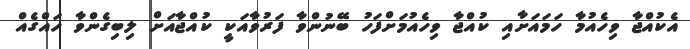
އެކުއްޖާ ވިހެއުމާ ހަމައަށާއި ކުއްޖާ ވިހެއުމަށްފަހު ބޭނުންވާ ފަރުވާއަކީ ކުއްޖާއަށް ލިބިގެންވާ ހައްގެއް